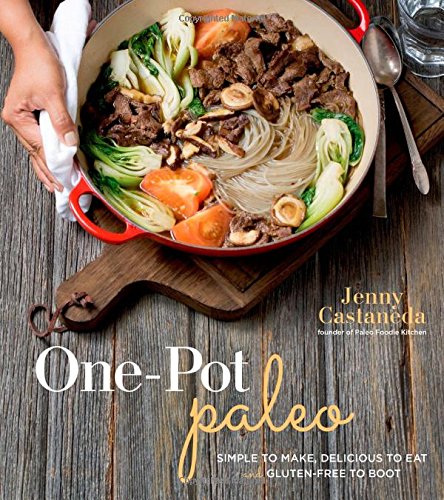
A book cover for One-Pot Paleo: Simple to Make, Delicious to Eat and Gluten-free to Boot; Jenny Castaneda; Cookbooks, Food & Wine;